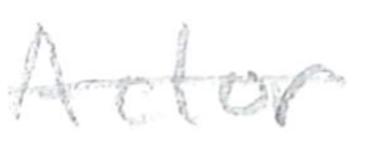
Text: Actor
Cross-out: single-line
Writing tool: pencil